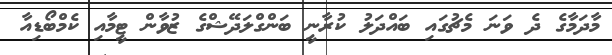
މާދަމާގެ ދެ ވަނަ މެޗުގައި ބައްދަލު ކުރާނީ ބަންގްލަދޭޝްގެ ޒުވާން ޓީމާއި ކެމްބޯޑިއާ